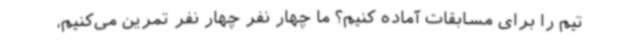
تیم را برای مسابقات آماده کنیم؟ ما چهار نفر چهار نفر تمرین می‌کنیم،